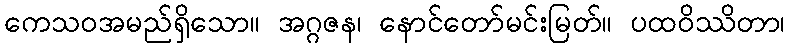
ကေသဝအမည်ရှိသော။ အဂ္ဂဇန၊ နောင်တော်မင်းမြတ်။ ပထဝိဿိတာ၊